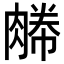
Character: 𦞊